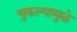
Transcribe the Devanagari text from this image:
चुकल्यामुळे